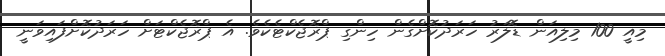
މިއީ 100 މިލިއަން ޑޮލަރު ހަރަދުކޮށްގެން ހިންގި ޕްރޮޖެކްޓެކެވެ. އެ ޕްރޮޖެކްޓަށް ހަރަދުކޮށްފައިވަނީ